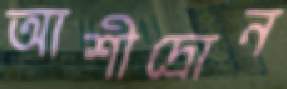
আশীদ্রোন